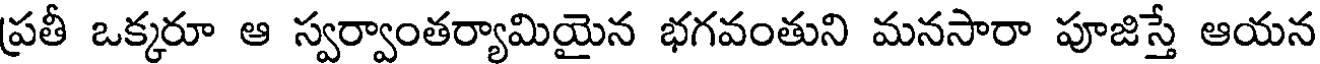
ప్రతీ ఒక్కరూ ఆ స్వర్వాంతర్యామియైన భగవంతుని మనసారా పూజిస్తే ఆయన